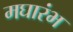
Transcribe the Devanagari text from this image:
मघारंभ